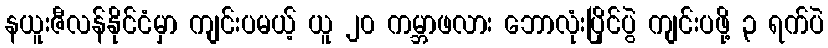
နယူးဇီလန်နိုင်ငံမှာ ကျင်းပမယ့် ယူ ၂၀ ကမ္ဘာဖလား ဘောလုံးပြိုင်ပွဲ ကျင်းပဖို့ ၃ ရက်ပဲ